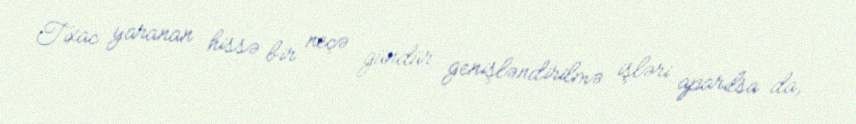
Tıxac yaranan hissə bir neçə gündür genişləndirilmə işləri aparılsa da,